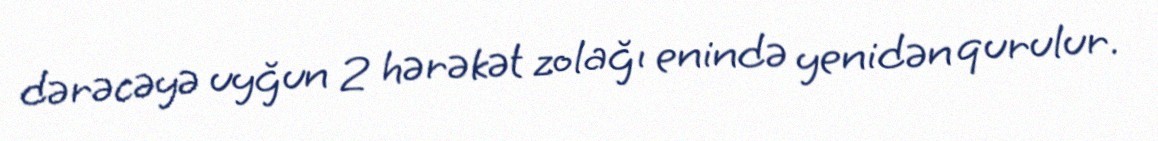
dərəcəyə uyğun 2 hərəkət zolağı enində yenidən qurulur.